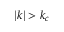
| { \boldsymbol k } | > k _ { c }